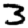
Digit: 3